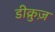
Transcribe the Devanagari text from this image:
डीक्रुज़